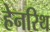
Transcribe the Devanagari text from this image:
हेनरिथ